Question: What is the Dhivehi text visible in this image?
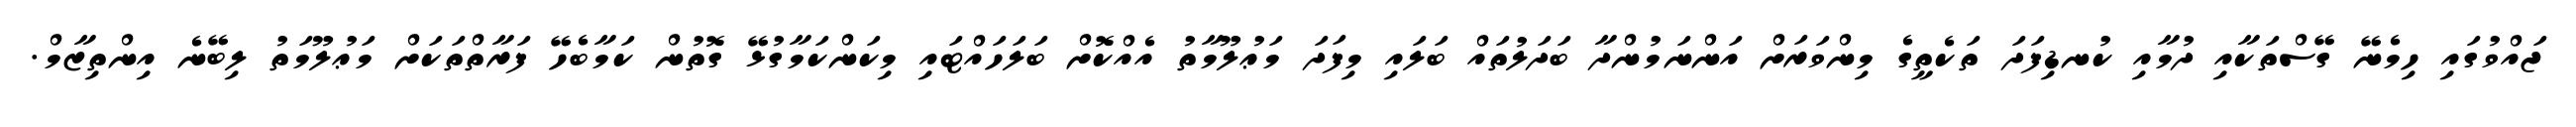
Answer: ޖައްވުގައި ހިމެނޭ ގޭސްތަކާއި ދުމާއި ކުނޑިފަދަ ތަކެތީގެ މިންވަރަށް އަންނަމުންދާ ބަދަލުތައް ބަލައި މިފަދަ މަޢުލޫމާތު އެއްކޮށް ބަލަހައްޓައި މިކަންކަމާގުޅޭ ގޮތުން ކަމާބެހޭ ފަރާތްތަކަށް މަޢުލޫމަތު ލިބޭނެ އިންތިޒާމް.